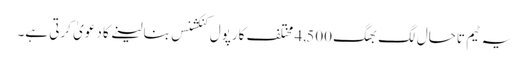
یہ ٹیم تاحال لگ بھگ 4,500 مختلف کارپول کنکشنس بنالینے کا دعویٰ کرتی ہے۔